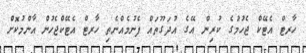
ހާރޓް އެޓޭކް ޖެހުމުގެ ކުރިން އޭގެ އުދަގޫތައް ފެނުމެއްނެތި ހާރޓް އެޓޭކްޖެހުން އާންމުކޮށް